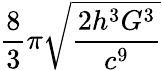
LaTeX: {\frac{8}{3}}\pi{\sqrt{\frac{2h^{3}G^{3}}{c^{9}}}}